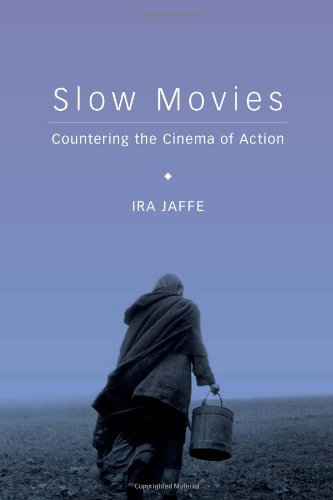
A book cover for Slow Movies: Countering the Cinema of Action; Ira Jaffe; Humor & Entertainment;